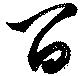
百